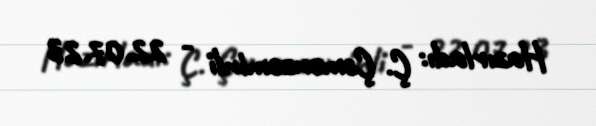
Hazırladı: Ç. Çəmənzəminli - 22.07.23